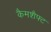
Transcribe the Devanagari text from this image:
कैमशैफ्ट